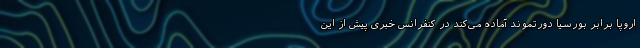
اروپا برابر بورسیا دورتموند آماده می‌کند در کنفرانس خبری پیش از این